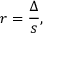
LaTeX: r = { \frac { \Delta } { s } } ,